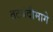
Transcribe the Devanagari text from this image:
तटबंदीमागे